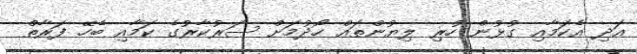
އަދި އެކަމާއި ގުޅުން ހުރި ލިޔުންތައް ހޯދުމަށް ސަރުކާރުގެ ކަމާއި ބެހޭ ފަރާތް